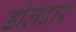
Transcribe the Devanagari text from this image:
डोलदार